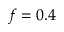
f = 0 . 4